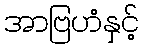
အာဗြဟံနှင့်